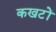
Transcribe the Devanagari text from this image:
कखटों